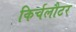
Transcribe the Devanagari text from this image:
किर्चलौटर